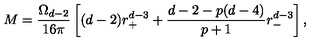
M = \frac { \Omega _ { d - 2 } } { 1 6 \pi } \left[ ( d - 2 ) r _ { + } ^ { d - 3 } + \frac { d - 2 - p ( d - 4 ) } { p + 1 } r _ { - } ^ { d - 3 } \right] ,